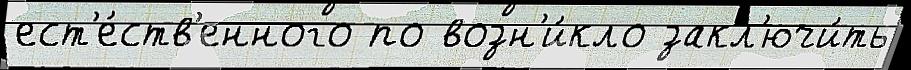
ест'е́ств'енного по возн'и́кло закл'ючи́ть